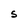
Character: S